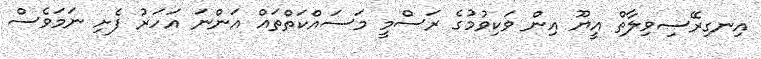
އިނގިރޭސިވިލާތް އީޔޫ އިން ވަކިވުމުގެ ރަސްމީ މަސައްކަތްތައް އަންނަ އަހަރު ފެށި ނަމަވެސް